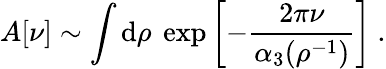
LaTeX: A[\nu]\sim\int\mathrm{d}\rho~\exp\left[-\frac{{2\pi\nu}}{{\alpha_{3}(\rho^{-1})}}\right]~.